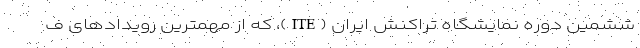
ششمین دوره نمایشگاه تراکنش ایران (ITE)، که از مهمترین رویدادهای ف